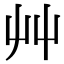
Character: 艸